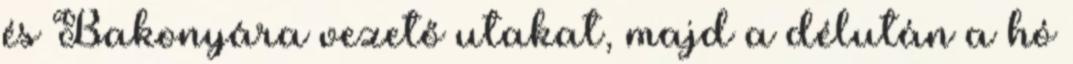
és Bakonyára vezető utakat, majd a délután a hó